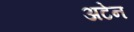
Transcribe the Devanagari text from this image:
अटेन